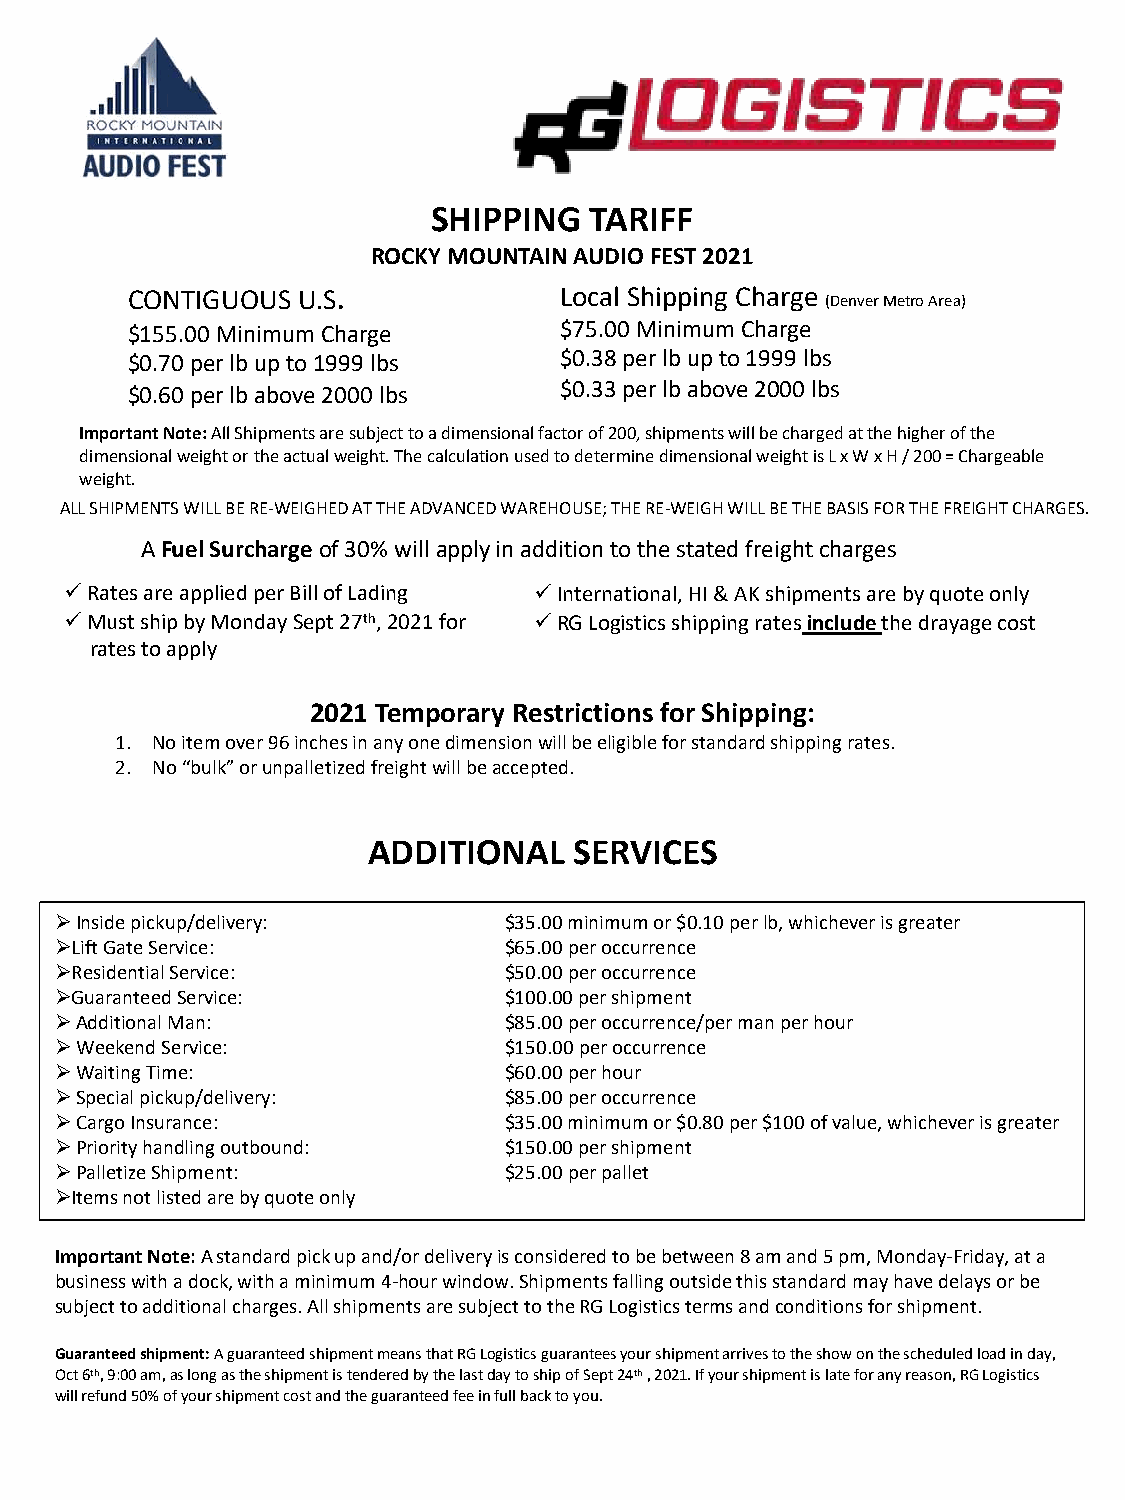
SHIPPING  TARIFF
 ROCKY MOUNTAIN AUDIO FEST 2021
 CONTIGUOUS  U.S.             Local Shipping Charge (Denver Metro Area)
 $155.00 Minimum Charge       $75.00 Minimum Charge
 $0.70 per lb up to 1999 lbs  $0.38 per lb up to 1999 lbs
 $0.60 per lb above 2000 lbs  $0.33 per lb above 2000 lbs
 Important Note: All Shipments are subject to a dimensional factor of 200, shipments will be charged at the higher of the
 dimensional weight or the actual weight. The calculation used to determine dimensional weight is L x W x H / 200 = Chargeable
 weight.
 ALL SHIPMENTS WILL BE RE-WEIGHED AT THE ADVANCED WAREHOUSE; THE RE-WEIGH WILL BE THE BASIS FOR THE FREIGHT CHARGES.
 A Fuel Surcharge of 30% will apply in addition to the stated freight charges
 üRates are applied per Bill of Lading üInternational, HI & AK shipments are by quote only
 üMust ship by Monday Sept 27th, 2021for üRG Logistics shipping ratesinclude the drayage cost
 rates to apply
 2021 Temporary Restrictions for Shipping:
 1. No itemover96inchesinanyonedimensionwillbeeligible for standard shipping rates.
 2. No“bulk”orunpalletizedfreightwillbeaccepted.
 ADDITIONAL    SERVICES
 ØInside pickup/delivery:     $35.00 minimum or $0.10 per lb, whichever is greater
 ØLiftGateService:            $65.00 per occurrence
 ØResidentialService:         $50.00 peroccurrence
 ØGuaranteedService:          $100.00 per shipment
 ØAdditional Man:             $85.00 per occurrence/per man per hour
 ØWeekend Service:            $150.00 per occurrence
 ØWaiting Time:               $60.00 per hour
 ØSpecial pickup/delivery:    $85.00 per occurrence
 ØCargo Insurance:            $35.00 minimum or $0.80 per $100 of value, whichever is greater
 ØPriority handling outbound: $150.00 per shipment
 ØPalletize Shipment:         $25.00 per pallet
 ØItems not listed are by quote only
 Important Note: A standard pick up and/or delivery is considered to bebetween 8 am and 5 pm, Monday-Friday, at a
 business with a dock, with a minimum 4-hour window. Shipments falling outside this standard may have delays or be
 subject to additional charges. All shipments are subject to the RG Logistics terms and conditions for shipment.
 Guaranteed shipment: A guaranteed shipment means that RG Logistics guarantees your shipment arrives to the show on the scheduled load in day,
 Oct 6th, 9:00 am, as long asthe shipment is tendered by the last day to ship of Sept 24th, 2021. If your shipment is late for any reason, RG Logistics
 will refund 50% of your shipment cost and the guaranteed fee in full back to you.